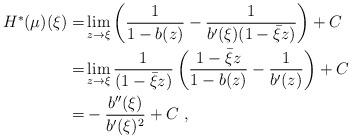
LaTeX: \begin{align*} H^*(\mu)(\xi)=&\lim_{z \to \xi} \left( \frac{1}{1-b(z)}-\frac{1}{b'(\xi)(1-\bar{\xi}z)}\right)+C\\ =&\lim_{z \to \xi} \frac{1}{(1-\bar{\xi}z)}\left( \frac{1-\bar{\xi}z}{1-b(z)}-\frac{1}{b'(z)}\right)+C\\ =& -\frac{b''(\xi)}{b'(\xi)^2}+C\ ,\end{align*}